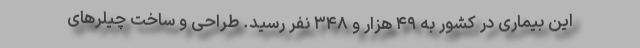
این بیماری در کشور به ۴۹ هزار و ۳۴۸ نفر رسید. طراحی و ساخت چیلرهای